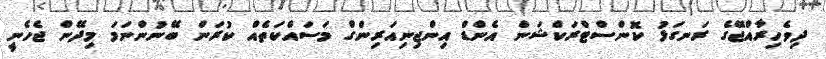
ދިވެހިރާއްޖޭގެ ރަނގަޅު ކޮންސްްޓްރަކްޝަން އެންޑް އިންޖިނިއަރިންގް މަސައްކަތެއް ކުރަން ބޭނުންނަމަ މިދޭން ޖެހެނީ